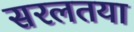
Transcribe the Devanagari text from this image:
सरलतया